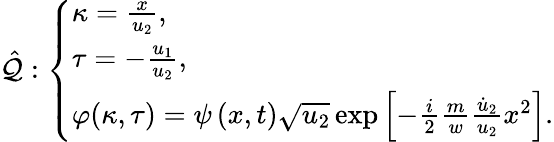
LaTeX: \hat{\mathcal{Q}}:\left\{ \begin{array}{ll}{\kappa=\frac{x}{u_{2}},}\\ {\tau=-\frac{u_{1}}{u_{2}},}\\ {\varphi(\kappa,\tau)=\psi\left(x,t\right)\sqrt{u_{2}}\exp\left[{-\frac{i}{2}\frac{m}{w}\frac{\dot{u}_{2}}{u_{2}}x^{2}}\right].}\end{array}\right.